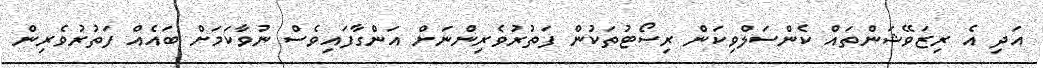
އަދި އެ ރިޒަވޭޝަންތައް ކެންސަލްވިކަން ރިސޯޓުތަކުން ފަތުރުވެރިންނަށް އަންގާފައިވެސް ނުވާކަމަށް ބައެއް ފަތުރުވެރިން